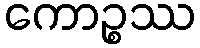
ကောဉ္စဿ